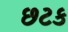
છટક